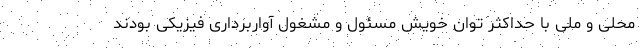
محلی و ملی با حداکثر توان خویش مسئول و مشغول آواربرداری فیزیکی بودند